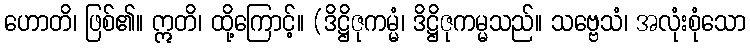
ဟောတိ၊ ဖြစ်၏။ ဣတိ၊ ထို့ကြောင့်။ (ဒိဋ္ဌိဇုကမ္မံ၊ ဒိဋ္ဌိဇုကမ္မသည်။ သဗ္ဗေသံ၊ အလုံးစုံသော